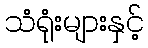
သံရုံးများနှင့်